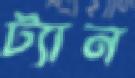
ট্যান